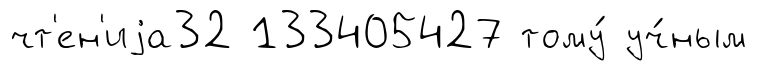
чт'ен'иjа32 133405427 тому́ уч́ным